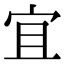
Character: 宜